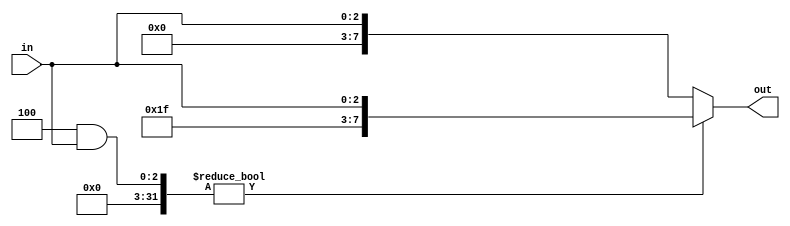
`timescale 1ns / 1ps
//////////////////////////////////////////////////////////////////////////////////
// Company: 
// Engineer: 
// 
// Design Name: 
// Module Name: sign_extnd_blck
// Project Name: 
// Target Devices: 
// Tool Versions: 
// Description: 
// 
// Dependencies: 
// 
// Revision:
// Revision 0.01 - File Created
// Additional Comments:
// 
//////////////////////////////////////////////////////////////////////////////////


module sign_extnd_blck(
    input [2:0] in,
    output [7:0] out
    );
    
    assign out = ((1<<2)&in)?{5'b11111,in}:{5'b0,in};
endmodule